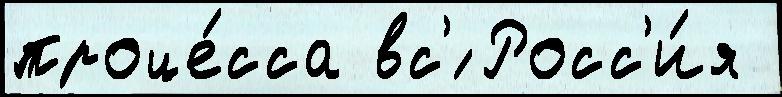
проце́сса вс'́ Росс'и́я